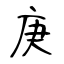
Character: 庚